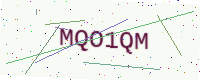
Text: MQO1QM